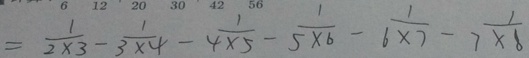
= \frac { 1 } { 2 \times 3 } - \frac { 1 } { 3 \times 4 } - \frac { 1 } { 4 \times 5 } - \frac { 1 } { 5 \times 6 } - \frac { 1 } { 6 \times 7 } - \frac { 1 } { 7 \times 8 }